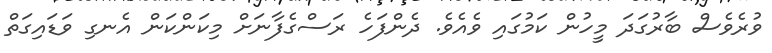
ވުރެވެސް ބާރުގަދަ މީހުން ކަމުގައި ވެއެވެ. ދެންފަހެ ރަސްގެފާނަށް މިކަންކަން އެނގި ވަޑައިގަތް